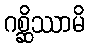
ဂစ္ဆိဿာမိ